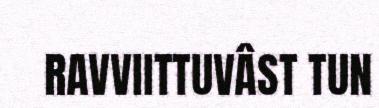
RAVVIITTUVÂST TUN